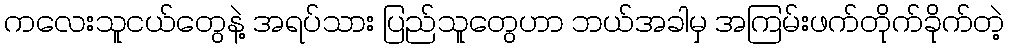
ကလေးသူငယ်တွေနဲ့ အရပ်သား ပြည်သူတွေဟာ ဘယ်အခါမှ အကြမ်းဖက်တိုက်ခိုက်တဲ့